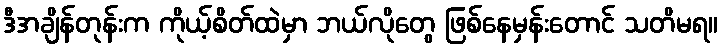
ဒီအချိန်တုန်းက ကိုယ့်စိတ်ထဲမှာ ဘယ်လိုတွေ ဖြစ်နေမှန်းတောင် သတိမရ။